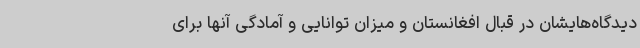
دیدگاه‌هایشان در قبال افغانستان و میزان توانایی و آمادگی آنها برای